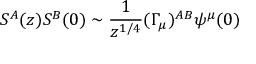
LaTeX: S ^ { A } ( z ) S ^ { B } ( 0 ) \sim \frac { 1 } { z ^ { 1 / 4 } } ( \Gamma _ { \mu } ) ^ { A B } \psi ^ { \mu } ( 0 )